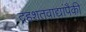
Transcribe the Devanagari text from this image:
दहशतवाद्यांपैकी